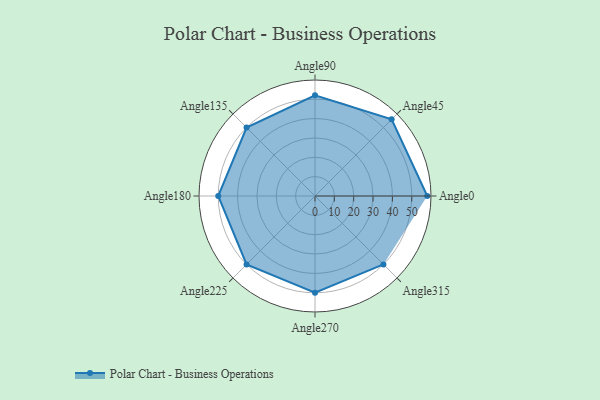
{"axis": {"x": "Angle", "y": "Radius"}, "legend": [""], "data": [{"x": "Angle0", "y": 58.0, "type": ""}, {"x": "Angle45", "y": 56.0, "type": ""}, {"x": "Angle90", "y": 52.0, "type": ""}, {"x": "Angle135", "y": 50, "type": ""}, {"x": "Angle180", "y": 50, "type": ""}, {"x": "Angle225", "y": 50, "type": ""}, {"x": "Angle270", "y": 50, "type": ""}, {"x": "Angle315", "y": 50, "type": ""}]}